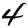
Digit: 4